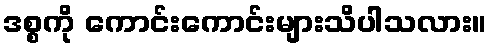
ဒစ္စကို ကောင်းကောင်းများသိပါသလား။